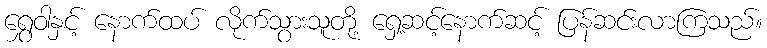
ရွှေဝါနှင့် နောက်ထပ် လိုက်သွားသူတို့ ရှေ့ဆင့်နောက်ဆင့် ပြန်ဆင်းလာကြသည်။